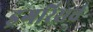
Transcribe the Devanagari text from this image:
ड्रगरिसर्च